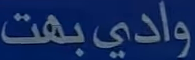
وادي بهت